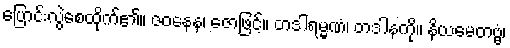
ပြောင်းလွဲစေထိုက်၏။ ဇဝနေန၊ ဇောဖြင့်။ တဒါရမ္မဏံ၊ တဒါနကို။ နိယမေတဗ္ဗံ၊